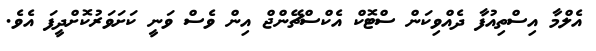
އެލްމާ އިސްތިއުފާ ދެއްވިކަން ސްޓޮކް އެކްސްޗޭންޖް އިން ވެސް ވަނީ ކަށަވަރުކޮށްދީފަ އެވެ.